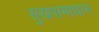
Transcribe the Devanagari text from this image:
सुखसमाधान